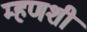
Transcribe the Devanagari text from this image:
म्हणशी